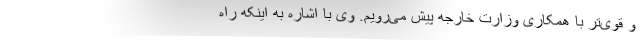
و قوی‌تر با همکاری وزارت خارجه پیش می‌رویم. وی با اشاره به اینکه راه